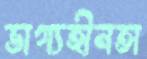
ভাগ্যহীনতা